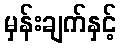
မှန်းချက်နှင့်